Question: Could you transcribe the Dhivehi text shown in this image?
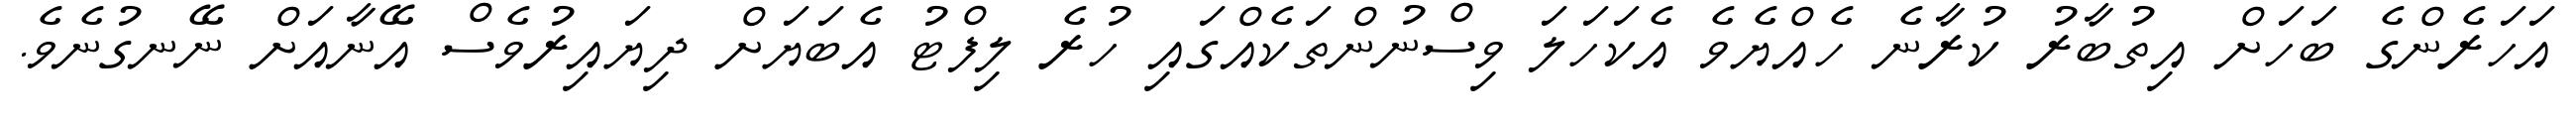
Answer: އަހަރެންގެ ބަހަށް އިތުބާރު ކުރާނެ ހެއްޔެވެ އެކަހަލަ ވިސްނުންތަކެއްގައި ހުރެ ލިފްޓު އެބަޔަށް ދިޔައިރުވެސް އޭނާއަށް ނޭނގުނެވެ.